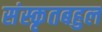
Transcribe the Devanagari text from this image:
संस्कृतबहुल